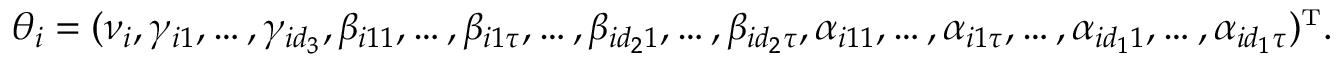
\theta _ { i } = ( \nu _ { i } , \gamma _ { i 1 } , \dots , \gamma _ { i d _ { 3 } } , \beta _ { i 1 1 } , \dots , \beta _ { i 1 \tau } , \dots , \beta _ { i d _ { 2 } 1 } , \dots , \beta _ { i d _ { 2 } \tau } , \alpha _ { i 1 1 } , \dots , \alpha _ { i 1 \tau } , \dots , \alpha _ { i d _ { 1 } 1 } , \dots , \alpha _ { i d _ { 1 } \tau } ) ^ { \mathrm { \scriptscriptstyle T } } .